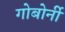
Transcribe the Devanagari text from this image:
गोबोर्नी